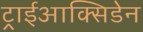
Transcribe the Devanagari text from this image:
ट्राईआक्सिडेन